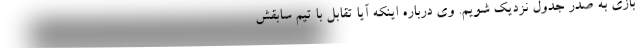
بازی به صدر جدول نزدیک شویم. وی درباره اینکه آیا تقابل با تیم سابقش